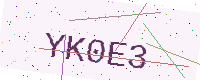
Text: YK0E3